Leaving Certificate Examination, 1922
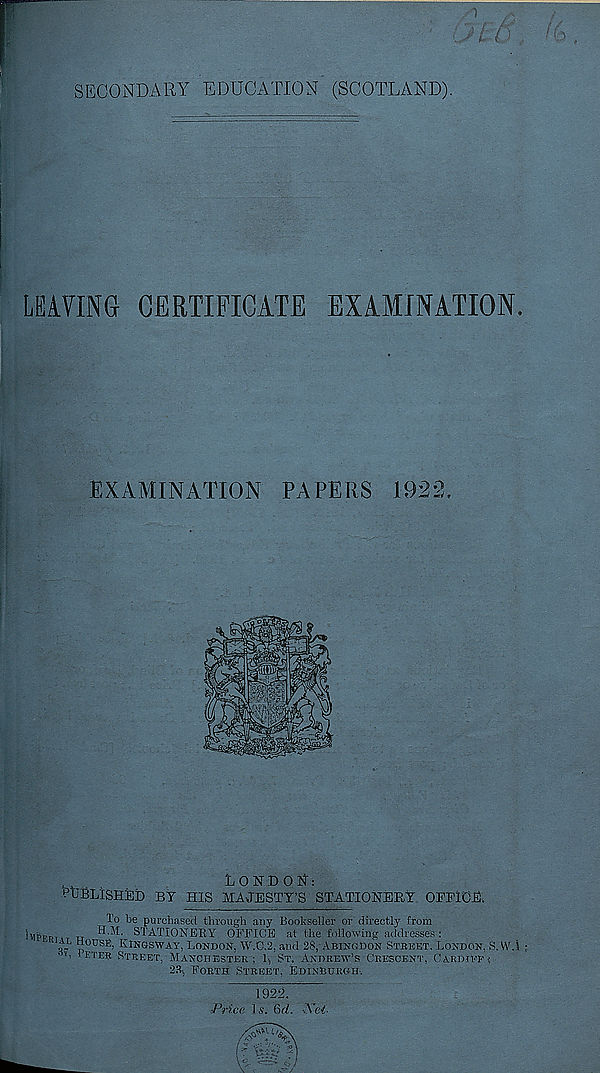
SECONDARY EDUCATION (SCOTLAND).
LEAVING CERTIFICATE EXAMINATION.
EXAMINATION PAPERS 1922.
LONDON:
PUBLISHED BY HIS MAJESTY’S STATIONERY OFFICE.
To be purchased through any Bookseller or directly from
BlhFRi.T tr
STATIONERY OFFICE at the following addresses:
At, ttousE, KINGSWAY, LONDON. W.0.2, and 28, ABINGDON STREET. LONDON, S.VV.i
*ETER STREET, MANCHESTER: I, ST. ANDREW’S CRESCENT, CARDIEP(
23-, FORTH STREET, EDINBURGH.
1922.
Price 1 s. 6d. Xei-